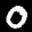
Label: 0